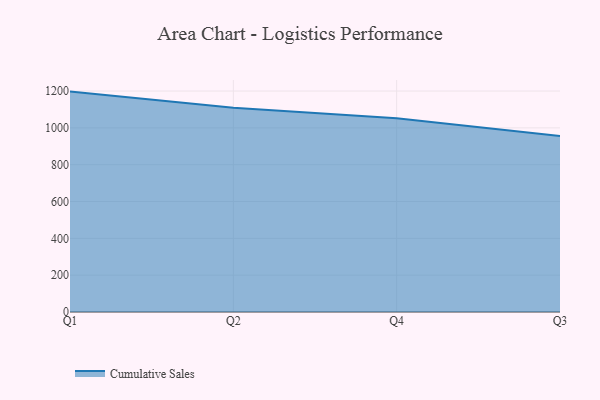
{"axis": {"x": "Quarter", "y": "Customer Acquisition Cost (USD)"}, "legend": ["Cumulative Sales"], "data": [{"x": "Q1", "y": 1197.0, "type": "Cumulative Sales"}, {"x": "Q2", "y": 1109.8, "type": "Cumulative Sales"}, {"x": "Q4", "y": 1051.8, "type": "Cumulative Sales"}, {"x": "Q3", "y": 955.2, "type": "Cumulative Sales"}]}